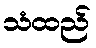
သံထည်